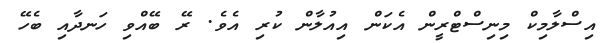
އިސްލާމިކް މިނިސްޓްރީން އެކަން އިއުލާން ކުރި އެވެ. ރޭ ބޭއްވި ހަނދާއި ބެހޭ